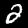
Digit: 2